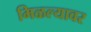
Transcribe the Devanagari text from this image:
मिळल्यावर